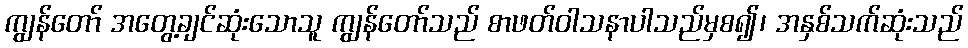
ကျွန်တော် အတွေ့ချင်ဆုံးသောသူ ကျွန်တော်သည် စာဖတ်ဝါသနာပါသည်မှစ၍၊ အနှစ်သက်ဆုံးသည်